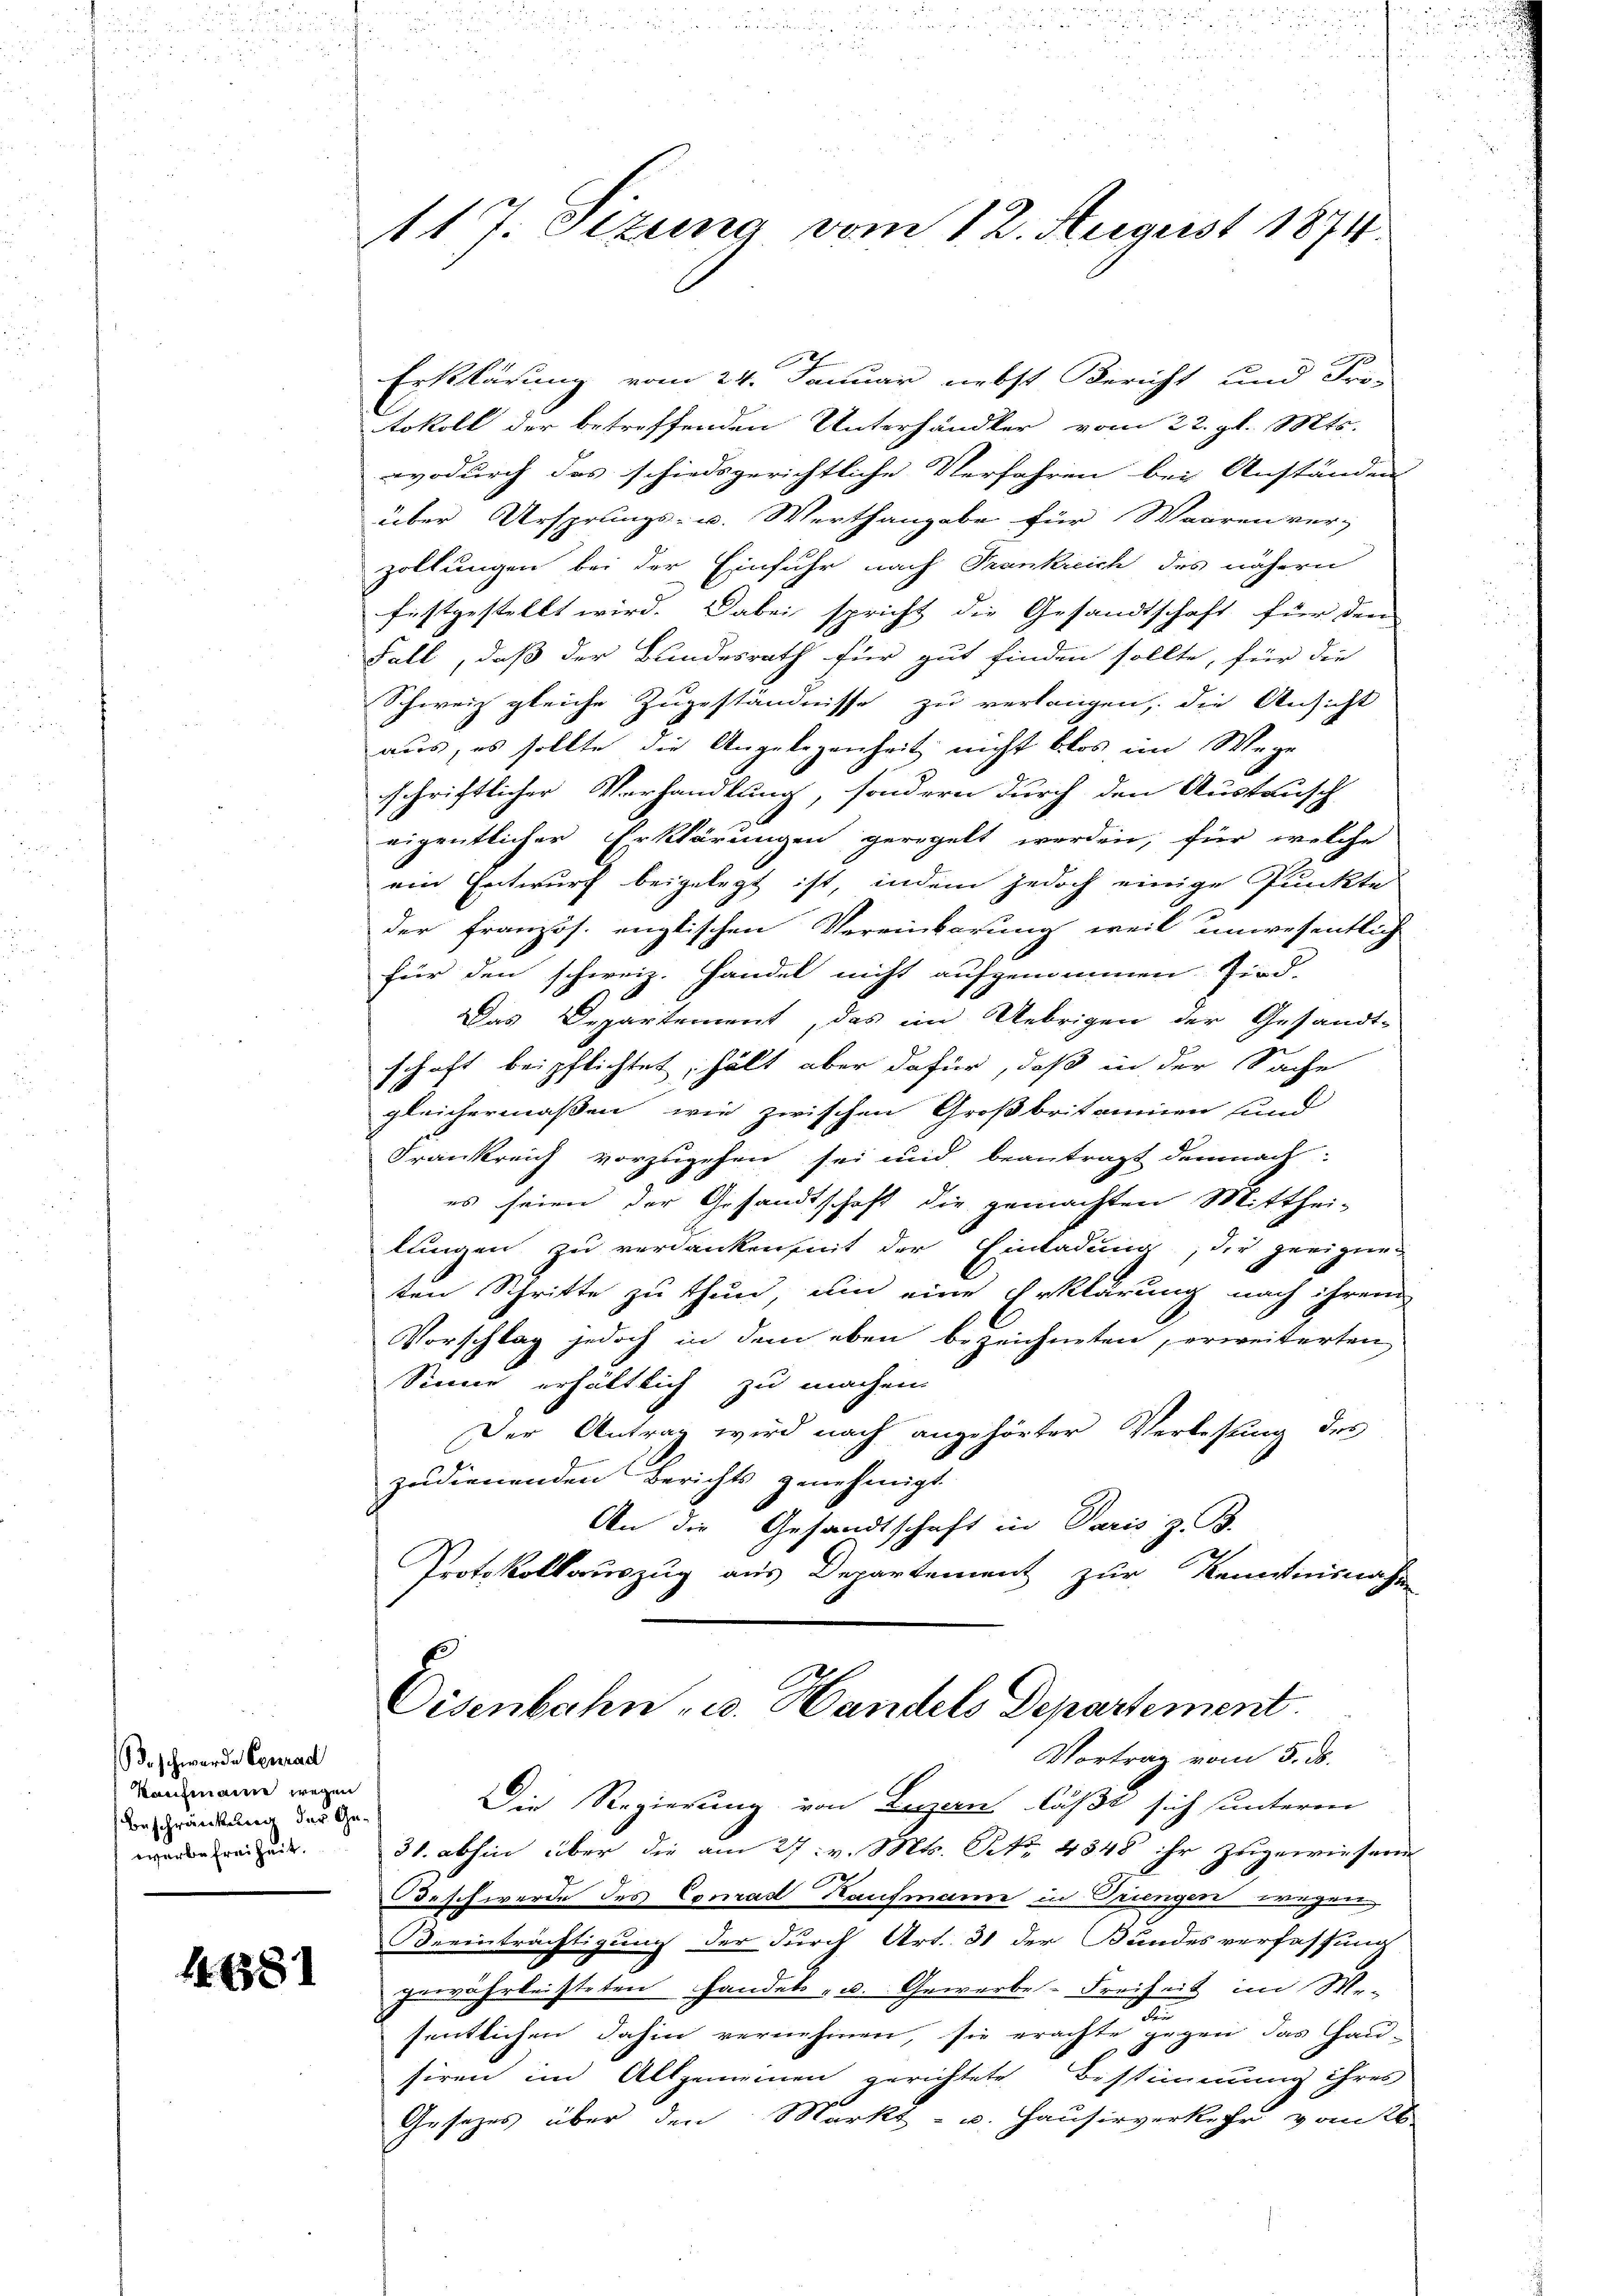
d. schwerde Conrad
Kaufmanne wegen
Beschränkung der Gewerbefreiheit.

1638

117. Otzung vom 12. August 1874.

Erklärung vom 24. Januar nebst Bericht und Fri-
tokoll der betreffenden Unterhändler vom 22. gl. Mts.
wodurch das schiedsgerichtliche Verfahren bei Anständen
über Ursprungs- u. Werthangabe für Waaren ver-
zollungen bei der Einfuhr nach Frankreich des nähern
festgestellt wird. Dabei spricht die Gesandtschaft für den
Fall, daß der Bundesrath für gut finden sollte, für die
Schweiz gleiche Zugeständnisse zu verlangen, die Ansicht
aus, es sollte die Angelegenheit nicht blos im Wege
schriftlicher Verhandlung, sondern durch den Austausch
eigentlicher Erklärungen geregelt werden, für welche
ein Entwurf beigelegt ist, indem jedoch einige Punkte
der französ. englischen Vereinbarung weil unwesentlich
für den schweiz. Handel nicht aufgenommen sind.
Das Departement, das im Uebrigen der Gesandt-
schaft beipflichtet, hält aber dafür, daß in der Sache
gleichermaßen, wie zwischen Großbritainen und
Frankreich vorzugehen sei und beantragt demnach
es seien der Gesandtschaft die gemachten Mitthei-
lungen zu verdankenheit der Einladung, der geeigneten Schritte zu thun, um eine Erklärung nach ihrem
Vorschlag jedoch in dem eben bezeichneten erweiterten
Sinne erhältlich zu machen.
Der Antrag wird nach angehörter Verlesung des
zudienenden Berichts genehmigt
An die Gesandtschaft in Paris z. B.
Protokollauszug aus Departement zur Kenntnisnahm

Disenbahn u. Handels Departement.
Vortrag vom 5. ds.

Die Regierung von Lugan läßt sich unterm
31. abhin über die am 27. v. Mts. No. 4348 ihr zugewiesende
deschwerde des Conrad Kaufmann in Triengen wegen
Beeinträchtigung der durch Art. 31 der Bundesverfassung
zuwährleisteten Handels- u. Gewerbe-Freiheit im We-
a
sentlichen dahin vernehmen, sie erachte gegen das Hausiren im Allgemeinen gerichtete Bestimmung ihres
Gesetzes über den Markt- u. Hausirverkehr vom 26